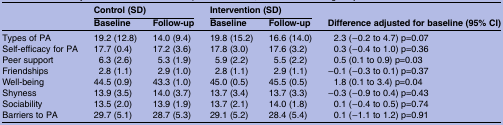
|  | <COLSPAN=2> Control (SD) | <COLSPAN=2> Intervention (SD) |  |
 |  | Baseline | Follow-up | Baseline | Follow-up | Difference adjusted for baseline (95% CI) |
 | --- | --- | --- | --- | --- | --- |
 | Types of PA | 19.2 (12.8) | 14.0 (9.4) | 19.8 (15.2) | 16.6 (14.0) | 2.3 (−0.2 to 4.7) p=0.07 |
 | Self-efficacy for PA | 17.7 (0.4) | 17.2 (3.6) | 17.8 (3.0) | 17.6 (3.2) | 0.3 (−0.4 to 1.0) p=0.36 |
 | Peer support | 6.3 (2.6) | 5.3 (1.9) | 5.9 (2.2) | 5.5 (2.2) | 0.5 (0.1 to 0.9) p=0.03 |
 | Friendships | 2.8 (1.1) | 2.9 (1.0) | 2.8 (1.1) | 2.9 (1.1) | −0.1 (−0.3 to 0.1) p=0.37 |
 | Well-being | 44.5 (0.9) | 43.3 (1.0) | 45.0 (0.5) | 45.5 (0.5) | 1.8 (0.1 to 3.4) p=0.04 |
 | Shyness | 13.9 (3.5) | 14.0 (3.7) | 13.7 (3.4) | 13.7 (3.3) | −0.3 (−0.9 to 0.4) p=0.43 |
 | Sociability | 13.5 (2.0) | 13.9 (1.9) | 13.7 (2.1) | 14.0 (1.8) | 0.1 (−0.4 to 0.5) p=0.74 |
 | Barriers to PA | 29.7 (5.1) | 28.7 (5.3) | 29.1 (5.2) | 28.4 (5.4) | 0.1 (−1.1 to 1.2) p=0.91 |